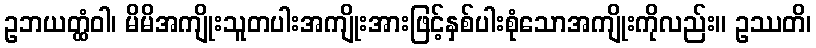
ဥဘယတ္ထံဝါ၊ မိမိအကျိုးသူတပါးအကျိုးအားဖြင့်နှစ်ပါးစုံသောအကျိုးကိုလည်း။ ဥဿတိ၊